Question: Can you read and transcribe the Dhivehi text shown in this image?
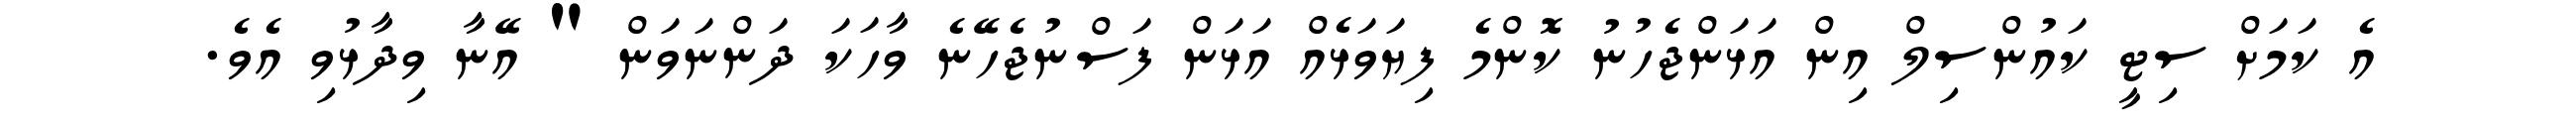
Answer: އެ ކަމަށް ސިޓީ ކައުންސިލް އިން އަޅަންޖެހުނު ކޮންމެ ފިޔަވަޅެއް އަޅަން ފަސްނުޖެހޭނެ ވާހަކަ ދަންނަވަން " އޭނާ ވިދާޅުވި އެވެ.